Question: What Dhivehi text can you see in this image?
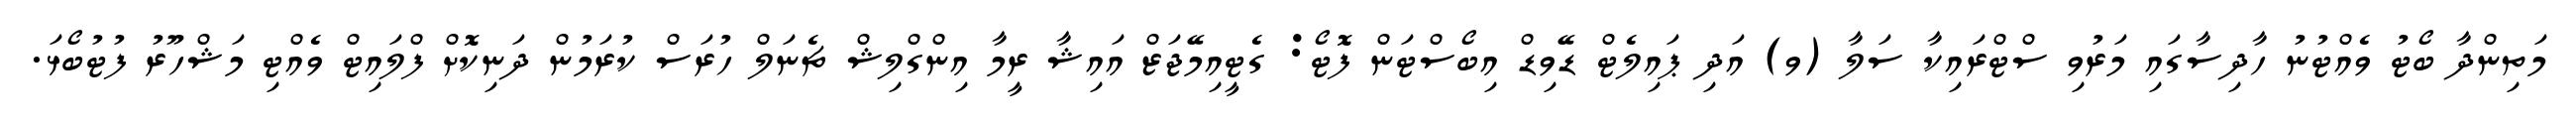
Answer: މަތިންދާ ބޯޓު ވެއްޓުނު ހާދިސާގައި މަރުވި ސްޓްރައިކާ ސަލާ (ވ) އަދި ޕައިލެޓް ޑޭވިޑް އިބޯސްޓަން ފޮޓޯ: ގެޓީއިމޭޖަޒް އައިޝާ ރީމާ އިންގްލިޝް ޗެނަލް ހުރަސް ކުރަމުން ދަނިކޮށް ފްލައިޓް ވެއްޓި މަޝްހޫރު ފުޓުބޯޅަ.